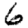
Digit: 6